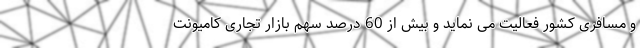
و مسافری کشور فعالیت می نماید و بیش از 60 درصد سهم بازار تجاری کامیونت